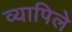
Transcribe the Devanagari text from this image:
व्यापिले